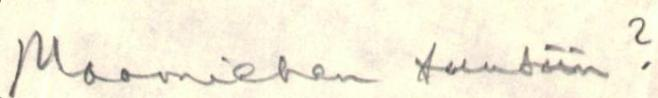
Maamiehen tuntiin?